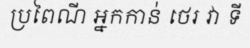
ប្រពៃណី អ្នកកាន់ ថេរ វា ទី